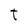
Character: t